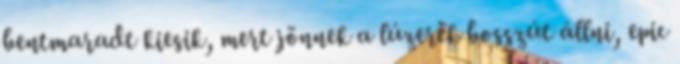
bentmaradt kiesik, mert jönnek a lúzerek bosszút állni, epic